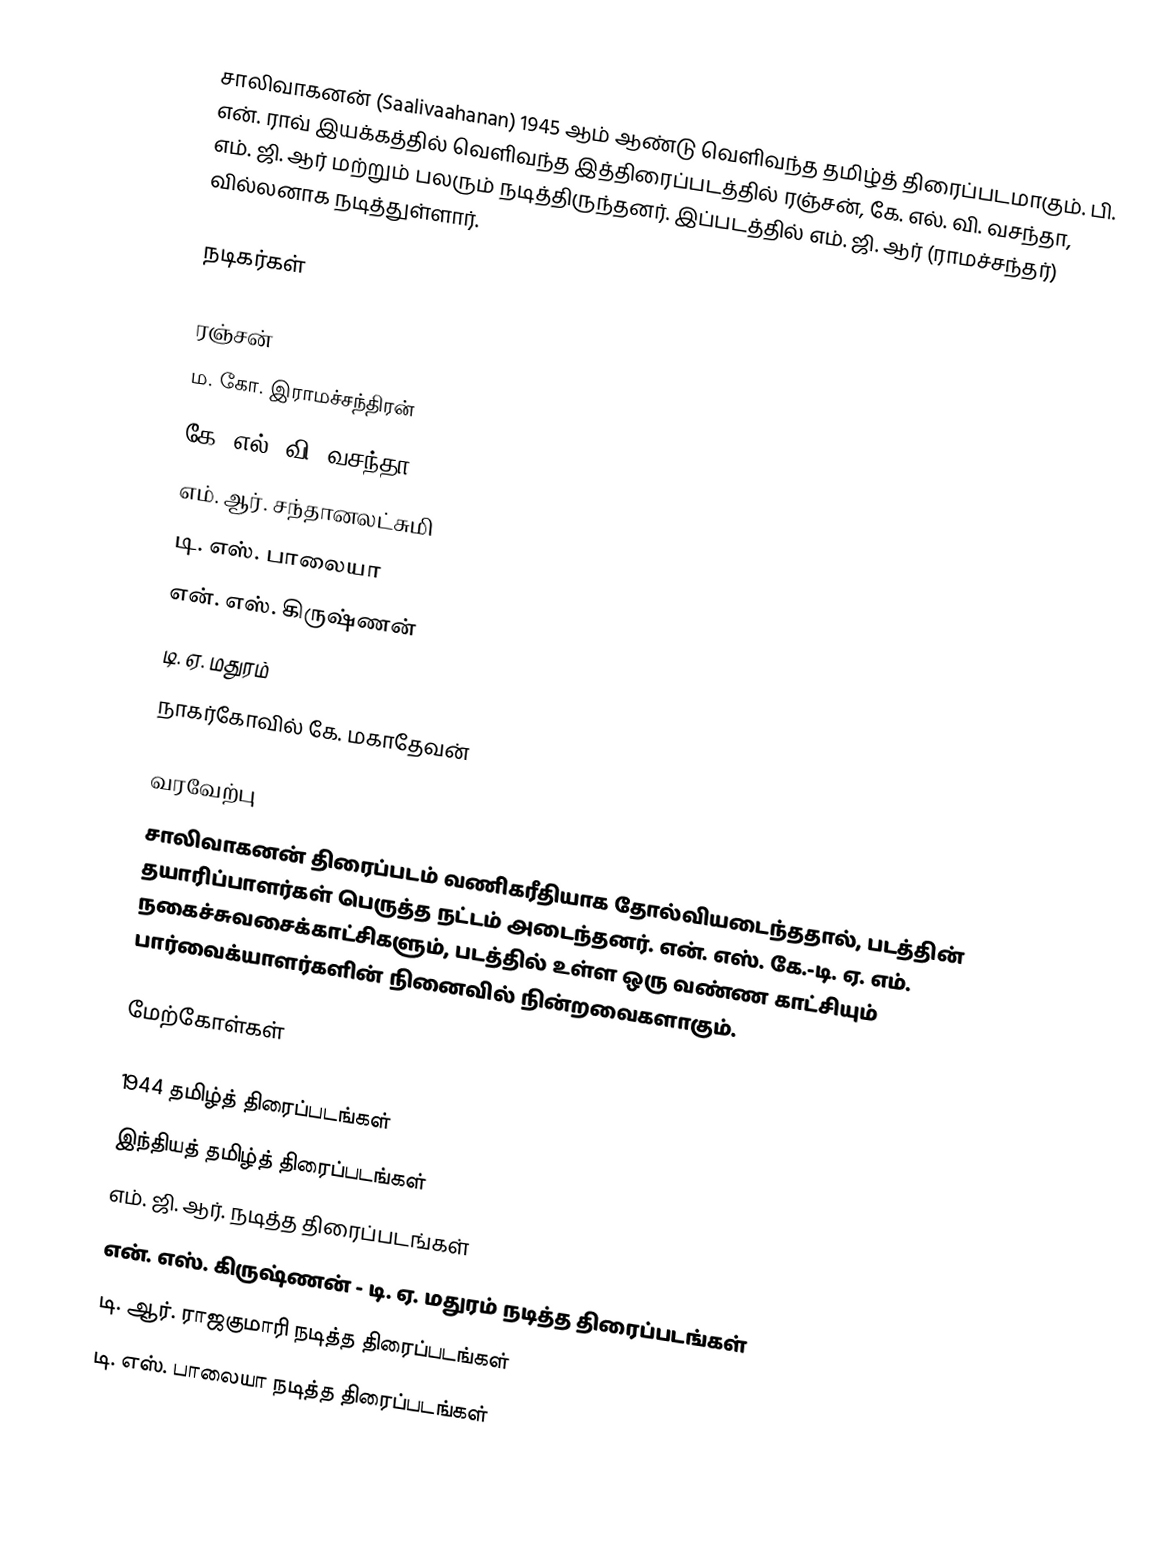
சாலிவாகனன் (Saalivaahanan) 1945 ஆம் ஆண்டு வெளிவந்த தமிழ்த் திரைப்படமாகும். பி. என். ராவ் இயக்கத்தில் வெளிவந்த இத்திரைப்படத்தில் ரஞ்சன், கே. எல். வி. வசந்தா, எம். ஜி. ஆர் மற்றும் பலரும் நடித்திருந்தனர். இப்படத்தில் எம். ஜி. ஆர் (ராமச்சந்தர்) வில்லனாக நடித்துள்ளார்.

நடிகர்கள்

 ரஞ்சன்
 ம. கோ. இராமச்சந்திரன்
 கே. எல். வி. வசந்தா
 எம். ஆர். சந்தானலட்சுமி
 டி. எஸ். பாலையா
 என். எஸ். கிருஷ்ணன்
 டி. ஏ. மதுரம்
 நாகர்கோவில் கே. மகாதேவன்

வரவேற்பு
சாலிவாகனன் திரைப்படம் வணிகரீதியாக தோல்வியடைந்ததால், படத்தின் தயாரிப்பாளர்கள் பெருத்த நட்டம் அடைந்தனர். என். எஸ். கே.-டி. ஏ. எம். நகைச்சுவசைக்காட்சிகளும், படத்தில் உள்ள ஒரு வண்ண காட்சியும் பார்வைக்யாளர்களின் நினைவில் நின்றவைகளாகும்.

மேற்கோள்கள்

1944 தமிழ்த் திரைப்படங்கள்
இந்தியத் தமிழ்த் திரைப்படங்கள்
எம். ஜி. ஆர். நடித்த திரைப்படங்கள்
என். எஸ். கிருஷ்ணன் - டி. ஏ. மதுரம் நடித்த திரைப்படங்கள்
டி. ஆர். ராஜகுமாரி நடித்த திரைப்படங்கள்
டி. எஸ். பாலையா நடித்த திரைப்படங்கள்